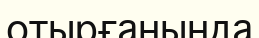
отырғанында